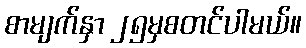
စာမျက်နှာ ၂၅မှစတင်ပါမယ်။